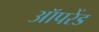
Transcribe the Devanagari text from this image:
ऑपरेंड